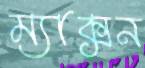
ম্যাক্সন